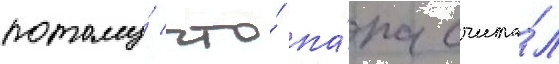
потому́ что́ па́па счита́л